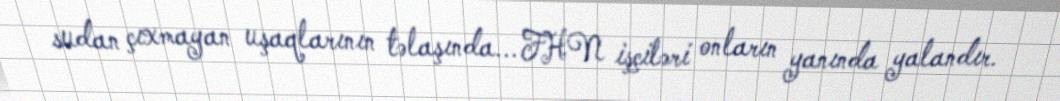
sudan çıxmayan uşaqlarının təlaşında... FHN işçiləri onların yanında yalandır.